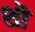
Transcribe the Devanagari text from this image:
शॊ